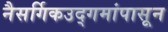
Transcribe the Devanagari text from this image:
नैसर्गिकउद्गमांपासून